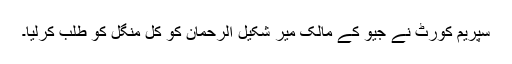
سپریم کورٹ نے جیو کے مالک میر شکیل الرحمان کو کل منگل کو طلب کرلیا۔